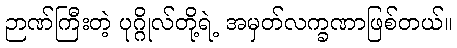
ဉာဏ်ကြီးတဲ့ ပုဂ္ဂိုလ်တို့ရဲ့ အမှတ်လက္ခဏာဖြစ်တယ်။